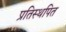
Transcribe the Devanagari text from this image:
प्रतिस्थपित